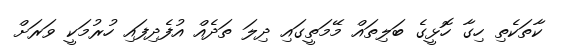
ކާތަކެތި ހިގާ ހޮޅީގެ ބަލިތައް މޭމަތީގައި ދިލަ ތަދެއް އުފެދިފައި ހުރުމަކީ ވަރަށް